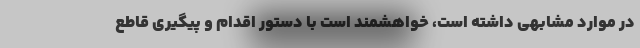
در موارد مشابهی داشته است، خواهشمند است با دستور اقدام و پیگیری قاطع